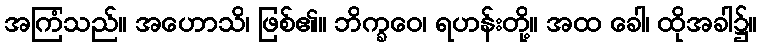
အကြံသည်။ အဟောသိ၊ ဖြစ်၏။ ဘိက္ခဝေ၊ ရဟန်းတို့။ အထ ခေါ၊ ထိုအခါ၌။